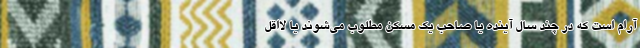
آرام است که در چند سال آینده یا صاحب یک مسکن مطلوب می‌شوند یا لااقل